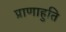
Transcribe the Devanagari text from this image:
प्राणाहुति